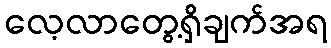
လေ့လာတွေ့ရှိချက်အရ